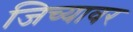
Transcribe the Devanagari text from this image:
जिच्यावर